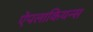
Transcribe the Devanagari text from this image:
ऐपलाकियन्स